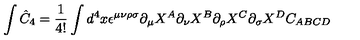
\int \hat { C } _ { 4 } = \frac { 1 } { 4 ! } \int d ^ { 4 } x \epsilon ^ { \mu \nu \rho \sigma } \partial _ { \mu } X ^ { A } \partial _ { \nu } X ^ { B } \partial _ { \rho } X ^ { C } \partial _ { \sigma } X ^ { D } C _ { A B C D }